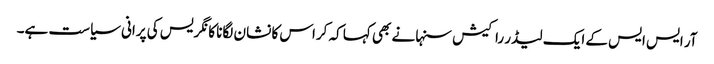
آر ایس ایس کے ایک لیڈر راکیش سنہا نے بھی کہا کہ کراس کا نشان لگانا کانگریس کی پرانی سیاست ہے۔